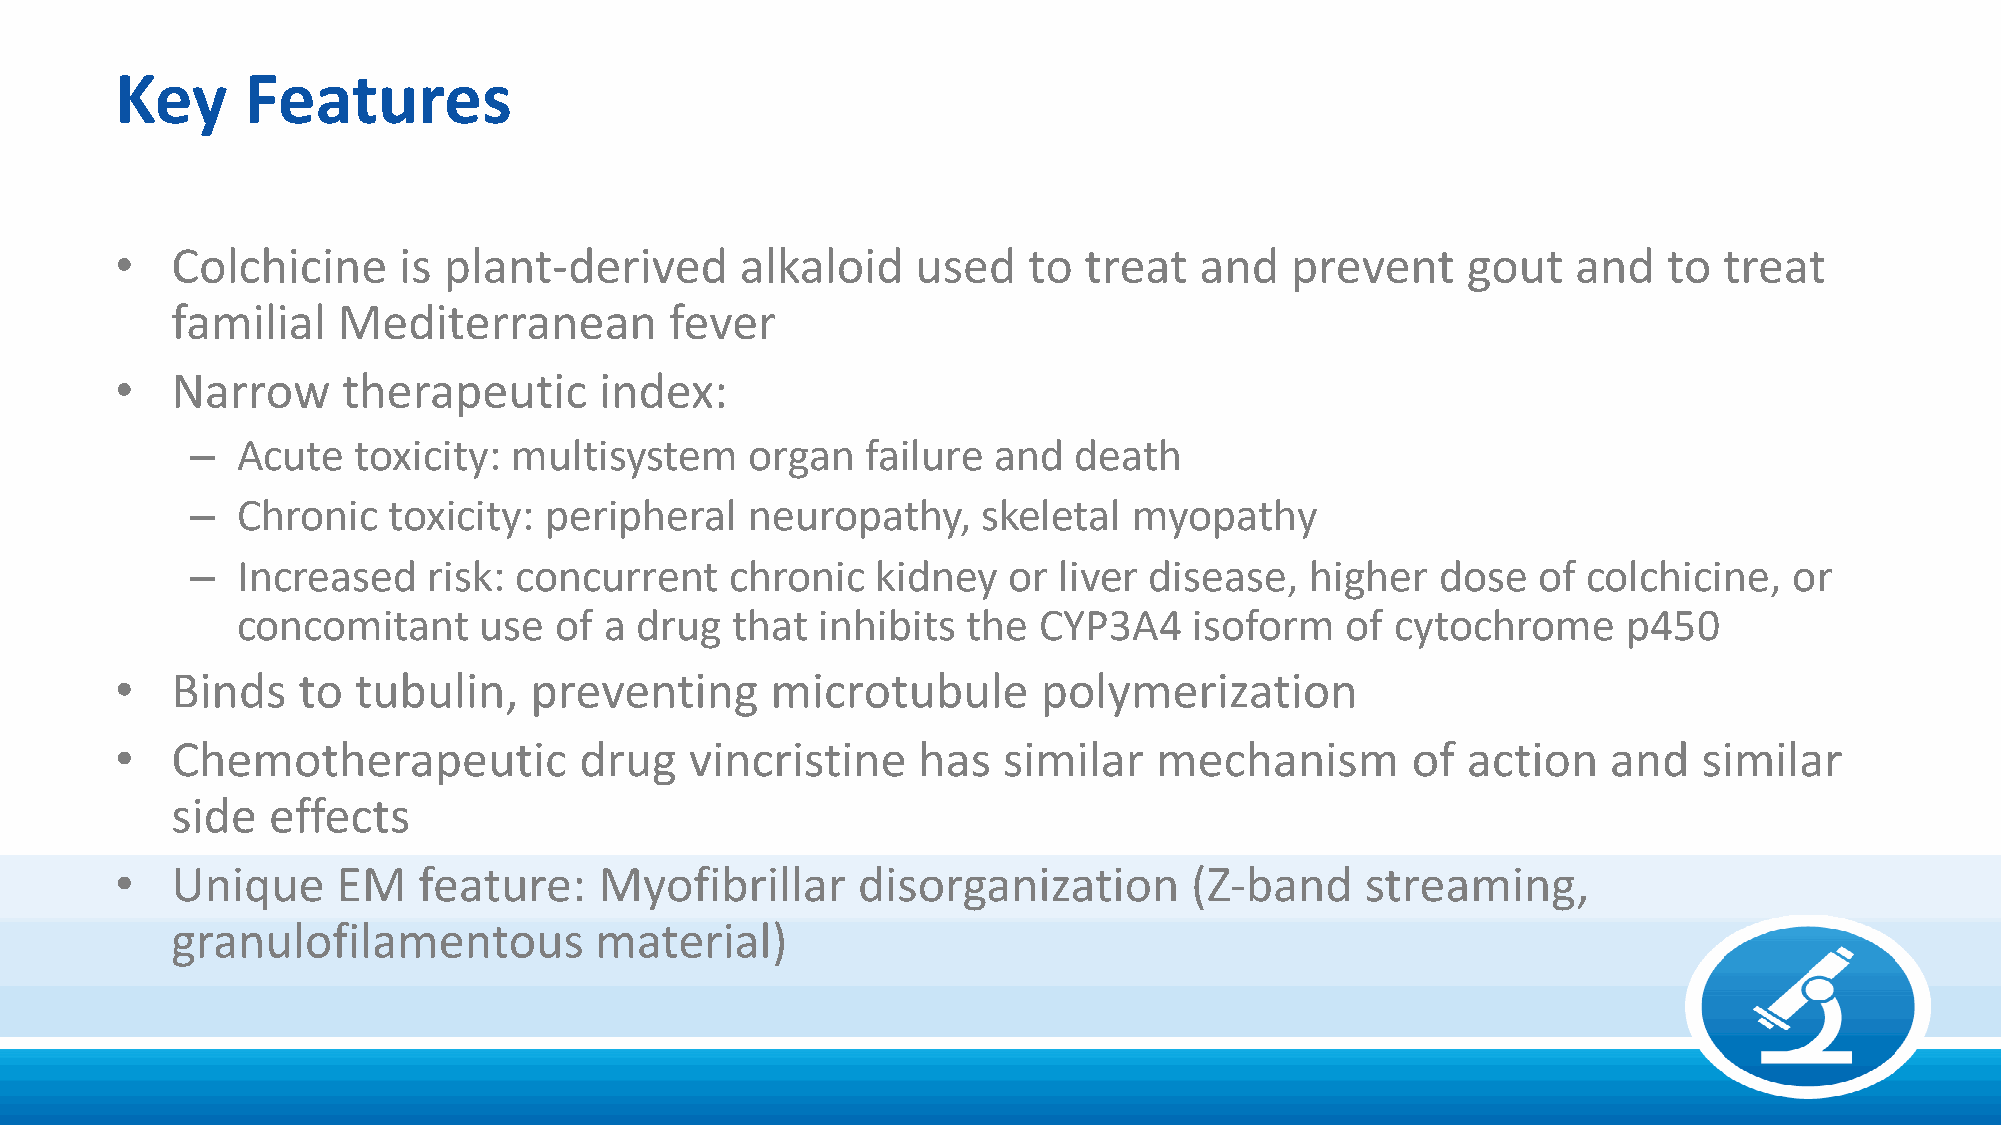
Key     Features
 •  Colchicine     is plant-derived       alkaloid    used   to  treat  and   prevent     gout   and   to  treat
 familial   Mediterranean         fever
 •  Narrow      therapeutic      index:
 –  Acute   toxicity: multisystem     organ  failure  and  death
 –  Chronic   toxicity: peripheral   neuropathy,     skeletal  myopathy
 –  Increased   risk: concurrent    chronic   kidney   or liver disease,   higher  dose   of colchicine,   or
 concomitant     use  of a drug  that  inhibits  the  CYP3A4    isoform   of cytochrome      p450
 •  Binds    to tubulin,    preventing      microtubule       polymerization
 •  Chemotherapeutic           drug    vincristine    has  similar    mechanism       of  action    and   similar
 side   effects
 •  Unique     EM    feature:    Myofibrillar     disorganization       (Z-band    streaming,
 granulofilamentous          material)